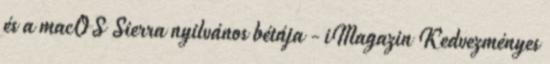
és a macOS Sierra nyilvános bétája - iMagazin Kedvezményes